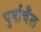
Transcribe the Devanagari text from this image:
पुर्वाचँल